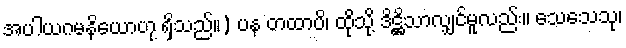
အပါယဂမနိယောဟု ရှိသည်။) ပန တထာပိ၊ ထိုသို့ ဒိဋ္ဌိသာလျှင်မူလည်း။ သေသေသု၊